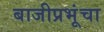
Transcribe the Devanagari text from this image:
बाजीप्रभूंचा